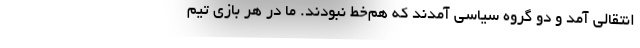
انتقالی آمد و دو گروه سیاسی آمدند که هم‌خط نبودند. ما در هر بازی تیم